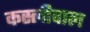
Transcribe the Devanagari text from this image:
कस्लीवाल